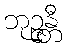
ဘုဉ္ဇန္တီ